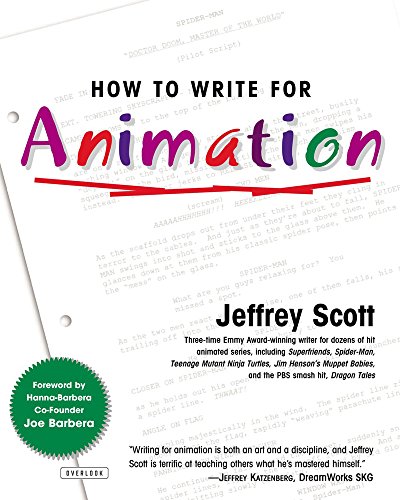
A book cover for How to Write for Animation; Jeffrey Scott; Humor & Entertainment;